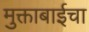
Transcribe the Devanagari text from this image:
मुक्ताबाईचा